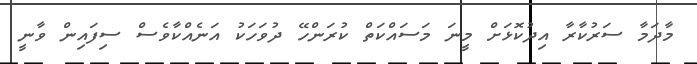
މާދަމާ ސަރުކާރާ އިދުކޮޅަށް މީނަ މަސައްކަތް ކުރަންހޭ ދުވަހަކު އަނެއްކާވެސް ސިފައިން ވާނީ